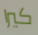
كيرا